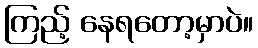
ကြည့် နေရတော့မှာပဲ။